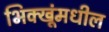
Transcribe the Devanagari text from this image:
भिक्खूंमधील